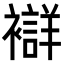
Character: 𧞆